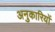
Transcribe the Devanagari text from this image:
अनुकारियों